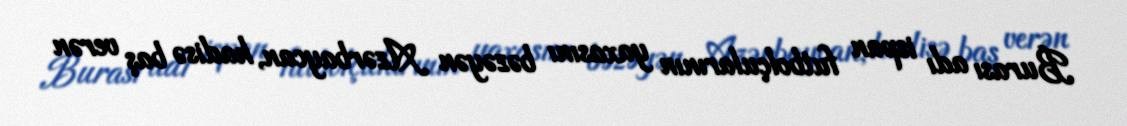
Burası adı ispan futbolçularının yaxasını bəzəyən Azərbaycan, hadisə baş verən